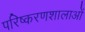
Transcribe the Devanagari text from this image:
परिष्करणशालाओं